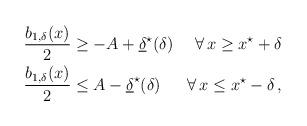
LaTeX: \begin{align*}\begin{aligned}\dfrac{b_{1,\delta}(x)}{2} &\geq -A + \underline{\delta}^\star (\delta) &\forall \, x \geq x^\star + \delta\\\dfrac{b_{1,\delta}(x)}{2} &\leq A - \underline{\delta}^\star (\delta) &\forall \, x \leq x^\star - \delta\,,\end{aligned} \end{align*}